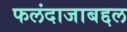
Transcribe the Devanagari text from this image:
फलंदाजाबद्दल